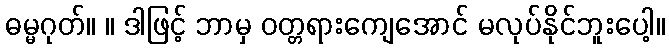
ဓမ္မဂုတ်။ ။ ဒါဖြင့် ဘာမှ ဝတ္တရားကျေအောင် မလုပ်နိုင်ဘူးပေါ့။